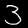
Label: 3